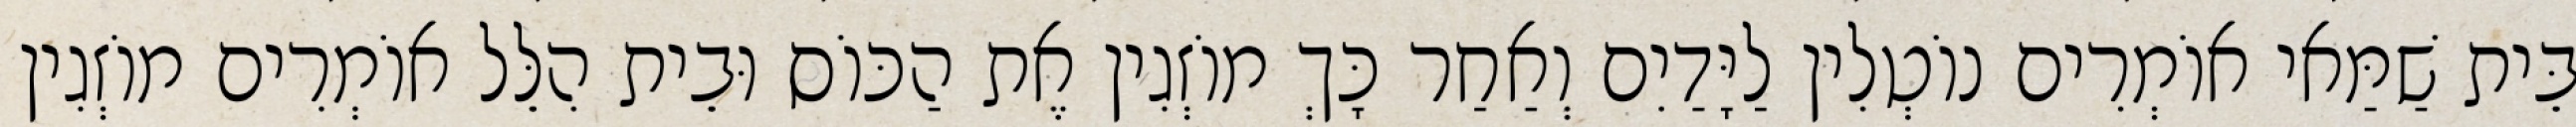
בֵּית שַׁמַּאי אוֹמְרִים נוֹטְלִין לַיָּדַיִם וְאַחַר כָּךְ מוֹזְגִין אֶת הַכּוֹס וּבֵית הִלֵּל אוֹמְרִים מוֹזְגִין